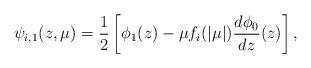
LaTeX: \begin{align*}\psi_{i,1}(z,\mu) = \frac{1}{2}\left[\phi_1(z)-\mu f_i(|\mu|)\frac{d\phi_0}{dz}(z)\right],\end{align*}